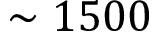
\sim 1 5 0 0